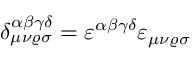
\delta _ { \mu \nu \varrho \sigma } ^ { \alpha \beta \gamma \delta } = \varepsilon ^ { \alpha \beta \gamma \delta } \varepsilon _ { \mu \nu \varrho \sigma }